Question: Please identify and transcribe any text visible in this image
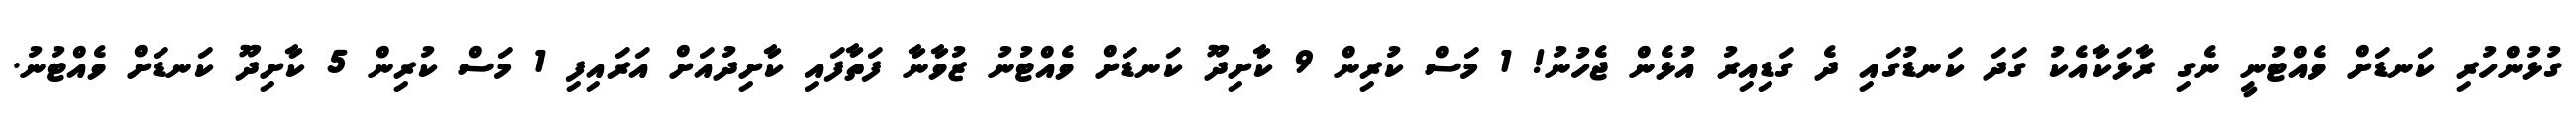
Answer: ގުޅުންހުރި ކަނޑަށް ވެއްޓުނީ ނެގި ރާޅަކާއެކު ގަދަ ކަނޑުގައި ދެ ގަޑިއިރު އުޅެން ޖެހުނު! 1 މަސް ކުރިން 9 ކާށިދޫ ކަނޑަށް ވެއްޓުނު ޒުވާނާ ފަތާފައި ކާށިދުއަށް އަރައިފި 1 މަސް ކުރިން 5 ކާށިދޫ ކަނޑަށް ވެއްޓުނު.